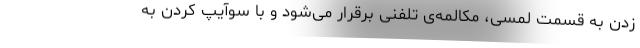
زدن به قسمت لمسی، مکالمه‌ی تلفنی برقرار می‌شود و با سوآیپ کردن به